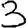
Digit: 3